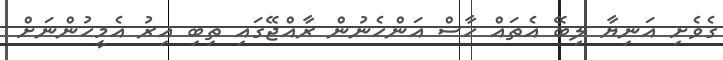
ގެވެށި އަނިޔާ ލިބޭ އެތައް ހާސް އަންހެނުން ރާއްޖޭގައި ތިބި އިރު އެމީހުންނަށް